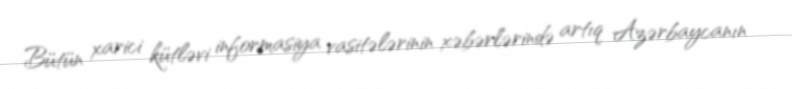
Bütün xarici kütləvi informasiya vasitələrinin xəbərlərində artıq Azərbaycanın